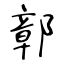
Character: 鄣